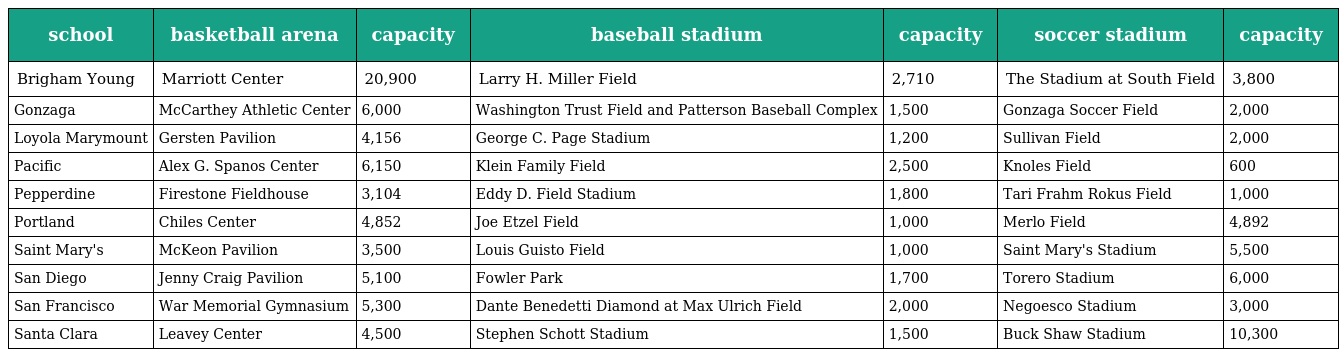
| school | basketball arena | capacity | baseball stadium | capacity | soccer stadium | capacity |
 | --- | --- | --- | --- | --- | --- | --- |
 | Brigham Young | Marriott Center | 20,900 | Larry H. Miller Field | 2,710 | The Stadium at South Field | 3,800 |
 | Gonzaga | McCarthey Athletic Center | 6,000 | Washington Trust Field and Patterson Baseball Complex | 1,500 | Gonzaga Soccer Field | 2,000 |
 | Loyola Marymount | Gersten Pavilion | 4,156 | George C. Page Stadium | 1,200 | Sullivan Field | 2,000 |
 | Pacific | Alex G. Spanos Center | 6,150 | Klein Family Field | 2,500 | Knoles Field | 600 |
 | Pepperdine | Firestone Fieldhouse | 3,104 | Eddy D. Field Stadium | 1,800 | Tari Frahm Rokus Field | 1,000 |
 | Portland | Chiles Center | 4,852 | Joe Etzel Field | 1,000 | Merlo Field | 4,892 |
 | Saint Mary's | McKeon Pavilion | 3,500 | Louis Guisto Field | 1,000 | Saint Mary's Stadium | 5,500 |
 | San Diego | Jenny Craig Pavilion | 5,100 | Fowler Park | 1,700 | Torero Stadium | 6,000 |
 | San Francisco | War Memorial Gymnasium | 5,300 | Dante Benedetti Diamond at Max Ulrich Field | 2,000 | Negoesco Stadium | 3,000 |
 | Santa Clara | Leavey Center | 4,500 | Stephen Schott Stadium | 1,500 | Buck Shaw Stadium | 10,300 |